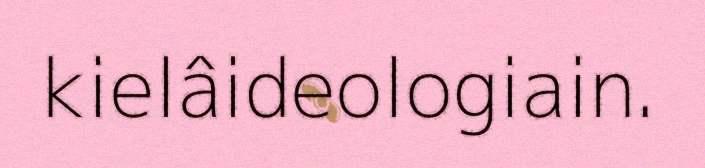
kielâideologiain.